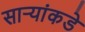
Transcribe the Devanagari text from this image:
सार्‍यांकडे